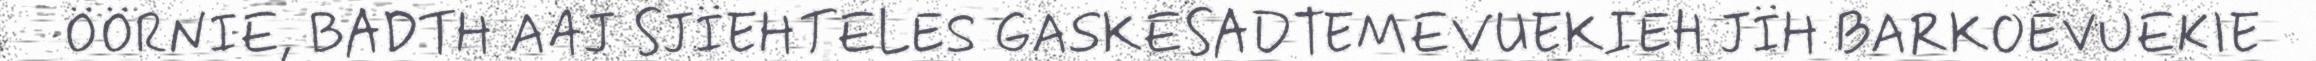
ÖÖRNIE, BADTH AAJ SJÏEHTELES GASKESADTEMEVUEKIEH JÏH BARKOEVUEKIE